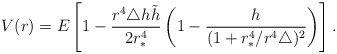
\begin{align*}V(r)=E\left [1-\frac{r^4 \triangle h \tilde{h}}{2 r_*^4} \left(1-\frac{h}{(1+r_*^4/r^4\triangle)^2}\right)\right].\end{align*}